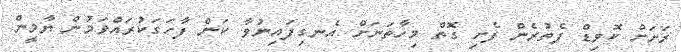
ރަށަށް ކޮވިޑް ފެތުރެން ފެށި ގޮތް މިހާތަނަށް އެނގިފައިނުވާ ކަން ފާހަގަކުރައްވަމުން ޔާމީން